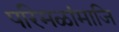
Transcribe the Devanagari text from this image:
परिमळांमाजि